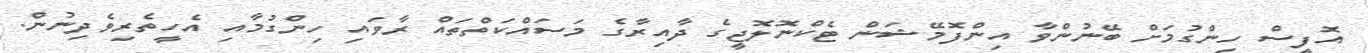
އޮފީސް ހިންގުމަށް ބޭނުންވާ އިންފޮމޭޝަން ޓެކްނޮލޮޖީގެ ދާއިރާގެ މަސައްކަތްތައް ރާވައި ހިންގުމާއި އެހީތެރިވެދިނުން.